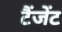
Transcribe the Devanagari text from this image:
टैंजेंट